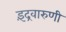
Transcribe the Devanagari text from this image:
इंद्रवारुणी